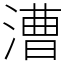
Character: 漕